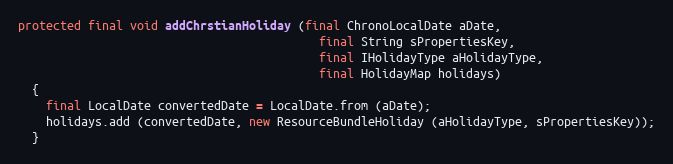
Language: Java
protected final void addChrstianHoliday (final ChronoLocalDate aDate,
                                           final String sPropertiesKey,
                                           final IHolidayType aHolidayType,
                                           final HolidayMap holidays)
  {
    final LocalDate convertedDate = LocalDate.from (aDate);
    holidays.add (convertedDate, new ResourceBundleHoliday (aHolidayType, sPropertiesKey));
  }